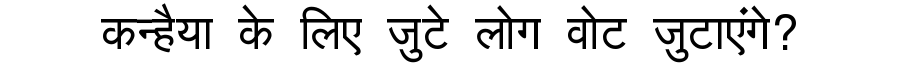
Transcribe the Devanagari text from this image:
कन्हैया के लिए जुटे लोग वोट जुटाएंगे?